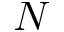
N